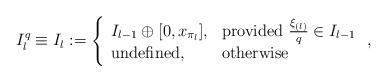
LaTeX: \begin{align*}I_l^q\equiv I_l:= \left\{\begin{array}{ll} I_{l-1} \oplus [0,x_{\pi_l}], & \mbox{provided }\frac{\xi_{(l)}}{q} \in I_{l-1}\\{\rm undefined}, & \mbox{otherwise}\end{array} \right., \end{align*}